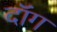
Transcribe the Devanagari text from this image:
दॉंग